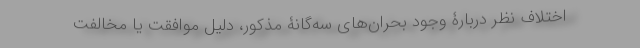
اختلاف نظر دربارۀ وجود بحران‌های سه‌گانۀ مذکور، دلیل موافقت یا مخالفت